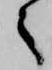
々